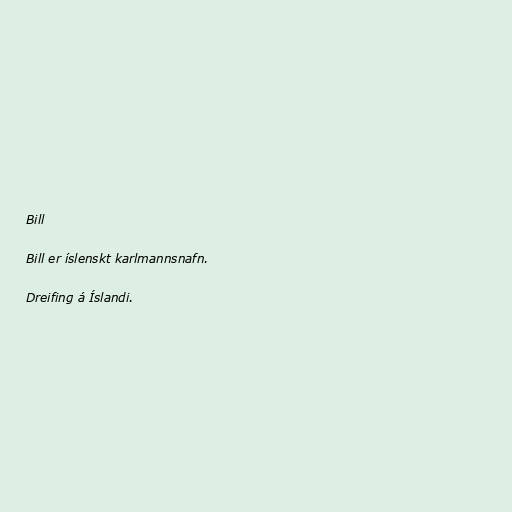
Bill

Bill er íslenskt karlmannsnafn.

Dreifing á Íslandi.